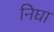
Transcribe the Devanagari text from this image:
निघा